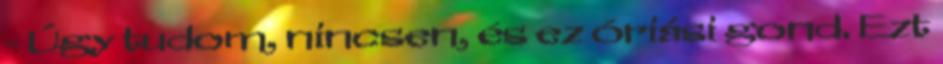
- Úgy tudom, nincsen, és ez óriási gond. Ezt